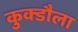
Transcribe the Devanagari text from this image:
कुक्डौला